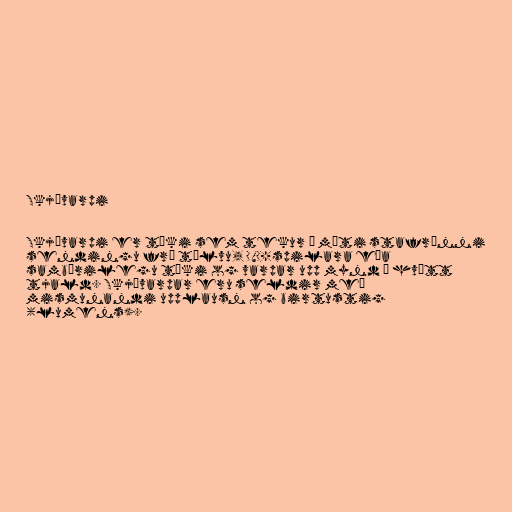
Skjávarpi

Skjávarpi er tæki sem tekur á móti stafrænni
sendingu frá tölvu, DVD-spilara eða
sambærilegu tæki og varpar upp mynd á hvítt
tjald. Skjávarpar eru seldir með
mismunandi upplausn og birtustig
(lumens).